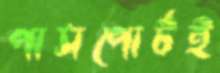
পাসপোর্টই